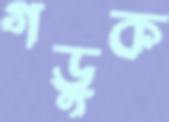
গড়ুক